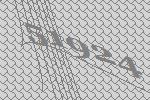
51924